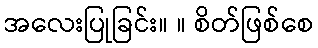
အလေးပြုခြင်း။ ။ စိတ်ဖြစ်စေ